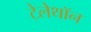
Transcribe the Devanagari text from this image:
टेलेथॉन